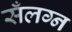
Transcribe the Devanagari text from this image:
सँलग्न